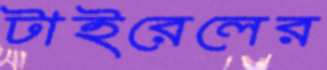
টাইরেলের